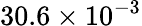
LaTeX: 30.6\times 10^{-3}